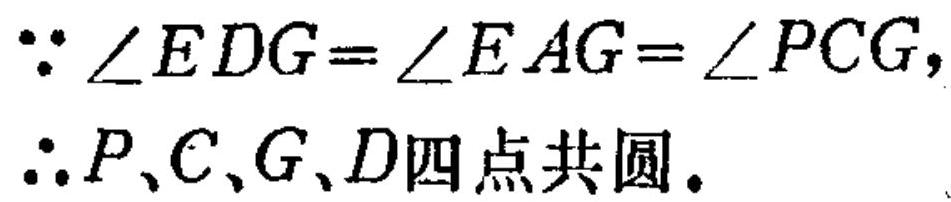
$\because\angle EDG=\angle EAG=\angle PCG,$
$\therefore P、C、G、D四点共圆。$